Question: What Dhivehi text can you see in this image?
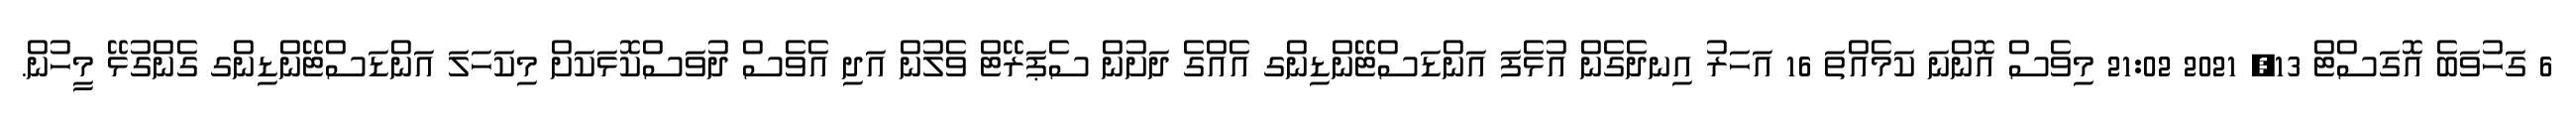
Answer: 6 ގަހުވަބެ އޮގަސްޓް 13, 2021 21:02 މިވެސް އޮންނަ ކަމެއްތަ 16 އަހަރު އިނދެގެން އުޅެފަ އަންޑަސްޓޭންޑިންގ އެއްގެ ދަށުން ސެޕަރޭޓް ވެލުން އަދި އެވެސް ދުވަސްކޮޅަކަށް މިކަހަލަ އަންޑަސްޓޭންޑިންގ ގެންގުޅޭ މީހުން.